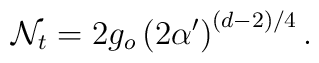
\mathcal{N}_{t}=2g_{o}\left(  2\alpha^{\prime}\right)  ^{(d-2)/4}.